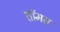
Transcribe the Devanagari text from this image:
तॉमस